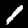
Digit: 1